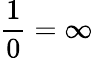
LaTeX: {\frac{1}{0}}=\infty